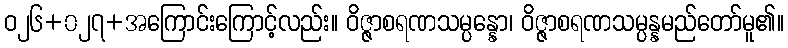
ဝ၂၆+၀၂၇+အကြောင်းကြောင့်လည်း။ ဝိဇ္ဇာစရဏသမ္ပန္နော၊ ဝိဇ္ဇာစရဏသမ္ပန္နမည်တော်မူ၏။